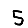
Digit: 5